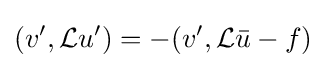
(v',{\mathcal {L}}u')=-(v',{\mathcal {L}}{\bar {u}}-f)